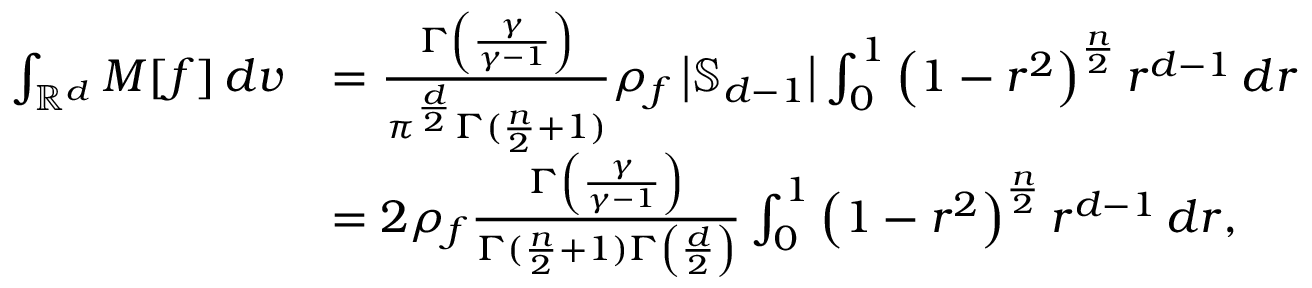
\begin{array} { r l } { \int _ { \mathbb { R } ^ { d } } M [ f ] \, d v } & { = \frac { \Gamma \left( \frac { \gamma } { \gamma - 1 } \right) } { \pi ^ { \frac d 2 } \Gamma ( \frac n 2 + 1 ) } \rho _ { f } \left| \mathbb { S } _ { d - 1 } \right| \int _ { 0 } ^ { 1 } \left( 1 - r ^ { 2 } \right) ^ { \frac n 2 } r ^ { d - 1 } \, d r } \\ & { = 2 \rho _ { f } \frac { \Gamma \left( \frac { \gamma } { \gamma - 1 } \right) } { \Gamma ( \frac n 2 + 1 ) \Gamma \left( \frac { d } { 2 } \right) } \int _ { 0 } ^ { 1 } \left( 1 - r ^ { 2 } \right) ^ { \frac n 2 } r ^ { d - 1 } \, d r , } \end{array}